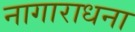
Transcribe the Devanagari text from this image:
नागाराधना